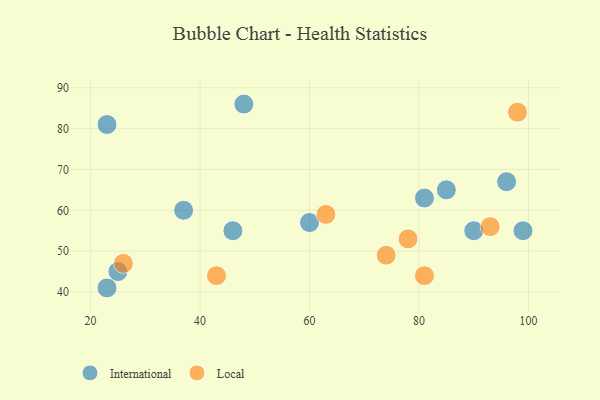
{"axis": {"x": "GDP", "y": "Life Expectancy"}, "legend": ["International", "Local"], "data": [{"x": "48", "y": 86, "type": "International"}, {"x": "25", "y": 45, "type": "International"}, {"x": "37", "y": 60, "type": "International"}, {"x": "60", "y": 57, "type": "International"}, {"x": "96", "y": 67, "type": "International"}, {"x": "85", "y": 65, "type": "International"}, {"x": "99", "y": 55, "type": "International"}, {"x": "23", "y": 81, "type": "International"}, {"x": "46", "y": 55, "type": "International"}, {"x": "90", "y": 55, "type": "International"}, {"x": "23", "y": 41, "type": "International"}, {"x": "81", "y": 63, "type": "International"}, {"x": "26", "y": 47, "type": "Local"}, {"x": "93", "y": 56, "type": "Local"}, {"x": "63", "y": 59, "type": "Local"}, {"x": "74", "y": 49, "type": "Local"}, {"x": "81", "y": 44, "type": "Local"}, {"x": "78", "y": 53, "type": "Local"}, {"x": "43", "y": 44, "type": "Local"}, {"x": "98", "y": 84, "type": "Local"}]}